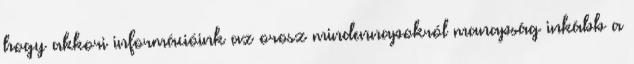
hogy akkori információink az orosz mindennapokról manapság inkább a